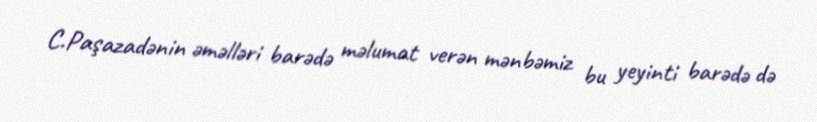
C.Paşazadənin əməlləri barədə məlumat verən mənbəmiz bu yeyinti barədə də